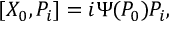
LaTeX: [ X _ { 0 } , P _ { i } ] = i \Psi ( P _ { 0 } ) P _ { i } ,